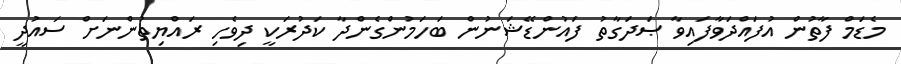
މެޑަމް ފާތުން އުފައްދަވާފައިވާ ޞަދަގާތު ފައުންޑޭޝަނުން ބަހަމުންގެންދާ ކަދުރަކީ ދިވެހި ރައްޔިތުންނަށް ސައުދީ